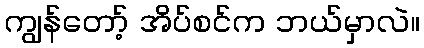
ကျွန်တော့် အိပ်စင်က ဘယ်မှာလဲ။